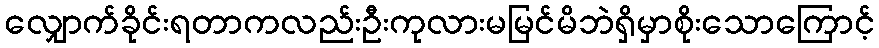
လျှောက်ခိုင်းရတာကလည်းဦးကုလားမမြင်မိဘဲရှိမှာစိုးသောကြောင့်